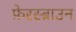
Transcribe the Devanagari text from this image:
फ़ेरस्ब्राउन